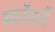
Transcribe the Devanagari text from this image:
स्कॉलर्ली